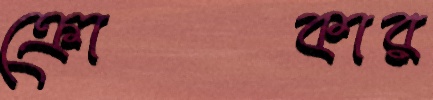
ক্রোকার